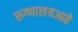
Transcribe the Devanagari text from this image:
रुग्णालयआहे